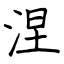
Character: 涅